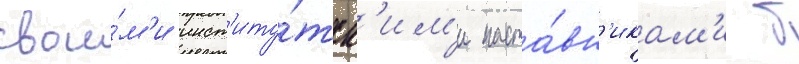
свои́м'и инст'иту́тск'им'и наста́вн'икам'и б